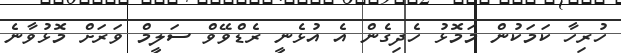
ހުރިހާ ކަމަކުން މަމޮޅު ހެދިގެން އެ އުޅެނީ ރެޑްވޭވް ސަލީމް ވަރަށް މޮޅުވާނެ